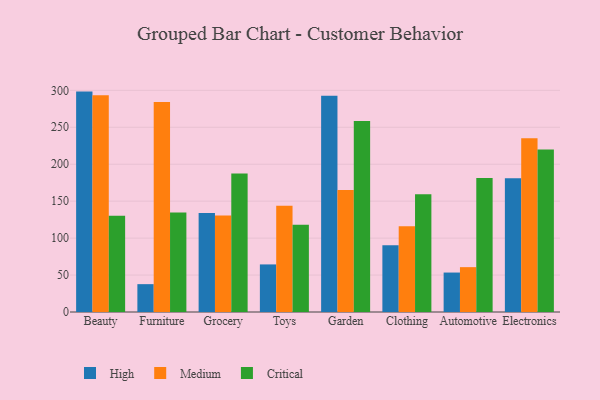
{"axis": {"x": "Category", "y": "Churn Rate (%)"}, "legend": ["Critical", "High", "Medium"], "data": [{"x": "Beauty", "y": 298.3, "type": "High"}, {"x": "Beauty", "y": 293.4, "type": "Medium"}, {"x": "Beauty", "y": 130.3, "type": "Critical"}, {"x": "Furniture", "y": 37.7, "type": "High"}, {"x": "Furniture", "y": 284.1, "type": "Medium"}, {"x": "Furniture", "y": 134.6, "type": "Critical"}, {"x": "Grocery", "y": 133.9, "type": "High"}, {"x": "Grocery", "y": 130.6, "type": "Medium"}, {"x": "Grocery", "y": 187.4, "type": "Critical"}, {"x": "Toys", "y": 64.4, "type": "High"}, {"x": "Toys", "y": 143.9, "type": "Medium"}, {"x": "Toys", "y": 118.1, "type": "Critical"}, {"x": "Garden", "y": 292.6, "type": "High"}, {"x": "Garden", "y": 165.1, "type": "Medium"}, {"x": "Garden", "y": 258.4, "type": "Critical"}, {"x": "Clothing", "y": 90.2, "type": "High"}, {"x": "Clothing", "y": 115.9, "type": "Medium"}, {"x": "Clothing", "y": 159.4, "type": "Critical"}, {"x": "Automotive", "y": 53.4, "type": "High"}, {"x": "Automotive", "y": 60.7, "type": "Medium"}, {"x": "Automotive", "y": 181.5, "type": "Critical"}, {"x": "Electronics", "y": 181.1, "type": "High"}, {"x": "Electronics", "y": 235.2, "type": "Medium"}, {"x": "Electronics", "y": 220.0, "type": "Critical"}]}